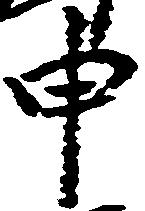
申